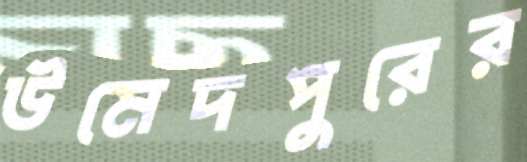
উমেদপুরের